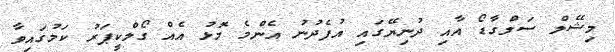
މިޝޭލް ސަލްގާޑޯ އާއި ދުނިޔޭގައި އުފެދުނު އެންމެ މޮޅު އެއް ގޯލްކީޕަރު ކަމުގައިވާ